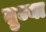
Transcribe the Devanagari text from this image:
तुज्या